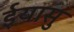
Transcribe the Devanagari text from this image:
ईयासु